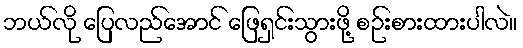
ဘယ်လို ပြေလည်အောင် ဖြေရှင်းသွားဖို့ စဉ်းစားထားပါလဲ။